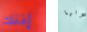
إذنك فإنها